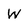
Character: W